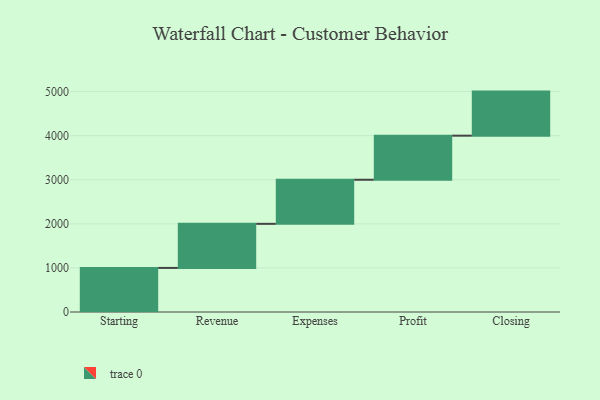
{"axis": {"x": "Step", "y": "Value"}, "legend": [""], "data": [{"x": "Starting", "y": 1000, "type": ""}, {"x": "Revenue", "y": 1000, "type": ""}, {"x": "Expenses", "y": 1000, "type": ""}, {"x": "Profit", "y": 1000, "type": ""}, {"x": "Closing", "y": 1000, "type": ""}]}